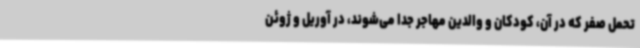
تحمل صفر که در آن، کودکان و والدین مهاجر جدا می‌شوند، در آوریل و ژوئن